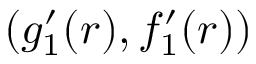
( g _ { 1 } ^ { \prime } ( r ) , f _ { 1 } ^ { \prime } ( r ) )